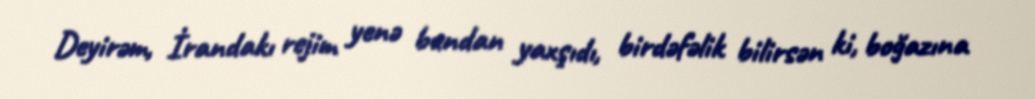
Deyirəm, İrandakı rejim yenə bundan yaxşıdı, birdəfəlik bilirsən ki, boğazına